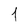
Character: 1